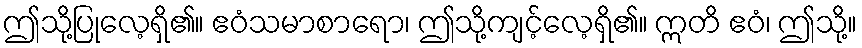
ဤသို့ပြုလေ့ရှိ၏။ ဧဝံသမာစာရော၊ ဤသို့ကျင့်လေ့ရှိ၏။ ဣတိ ဧဝံ၊ ဤသို့။